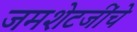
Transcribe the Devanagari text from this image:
जमशेटजींचे